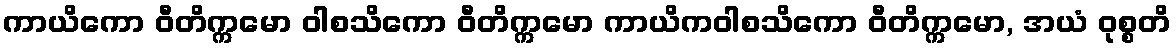
ကာယိကော ဝီတိက္ကမော ဝါစသိကော ဝီတိက္ကမော ကာယိကဝါစသိကော ဝီတိက္ကမော, အယံ ဝုစ္စတိ